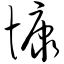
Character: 慷